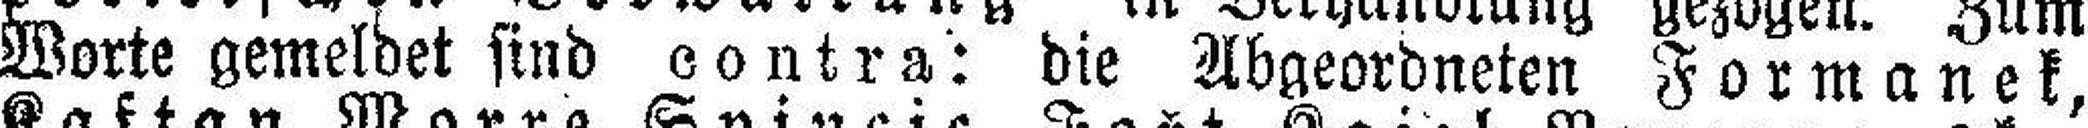
Worte gemeldet sind contra: die Abgeordneten Formanek,